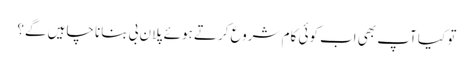
تو کیا آپ بھی اب کوئی کام شروع کرتے ہوئے پلان بی بنانا چاہیں گے؟